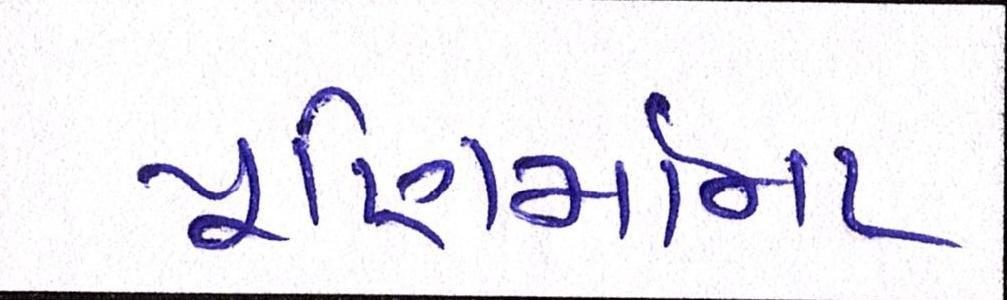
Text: પૂણિર્માના